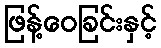
ဖြန့်ဝေခြင်းနှင့်